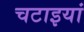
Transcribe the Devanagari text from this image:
चटाइयां